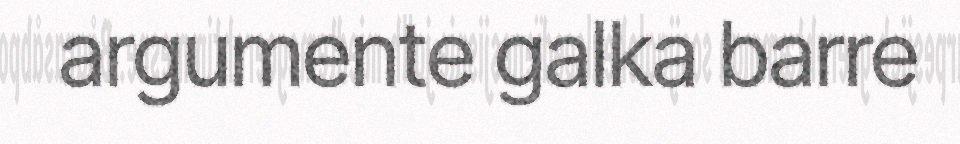
argumente galka barre